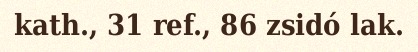
kath., 31 ref., 86 zsidó lak.